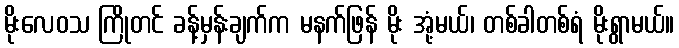
မိုးလေဝသ ကြိုတင် ခန့်မှန်းချက်က မနက်ဖြန် မိုး အုံ့မယ်၊ တစ်ခါတစ်ရံ မိုးရွာမယ်။